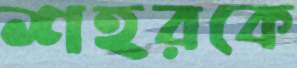
শহরকে